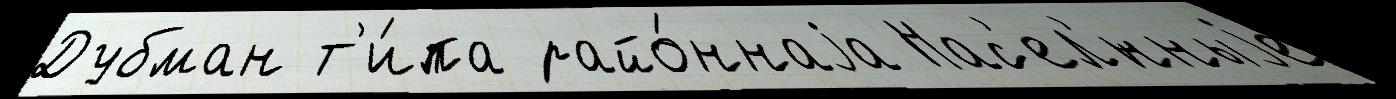
Дубман т'и́па райо́ннаjа Нас'ел'́нныjе